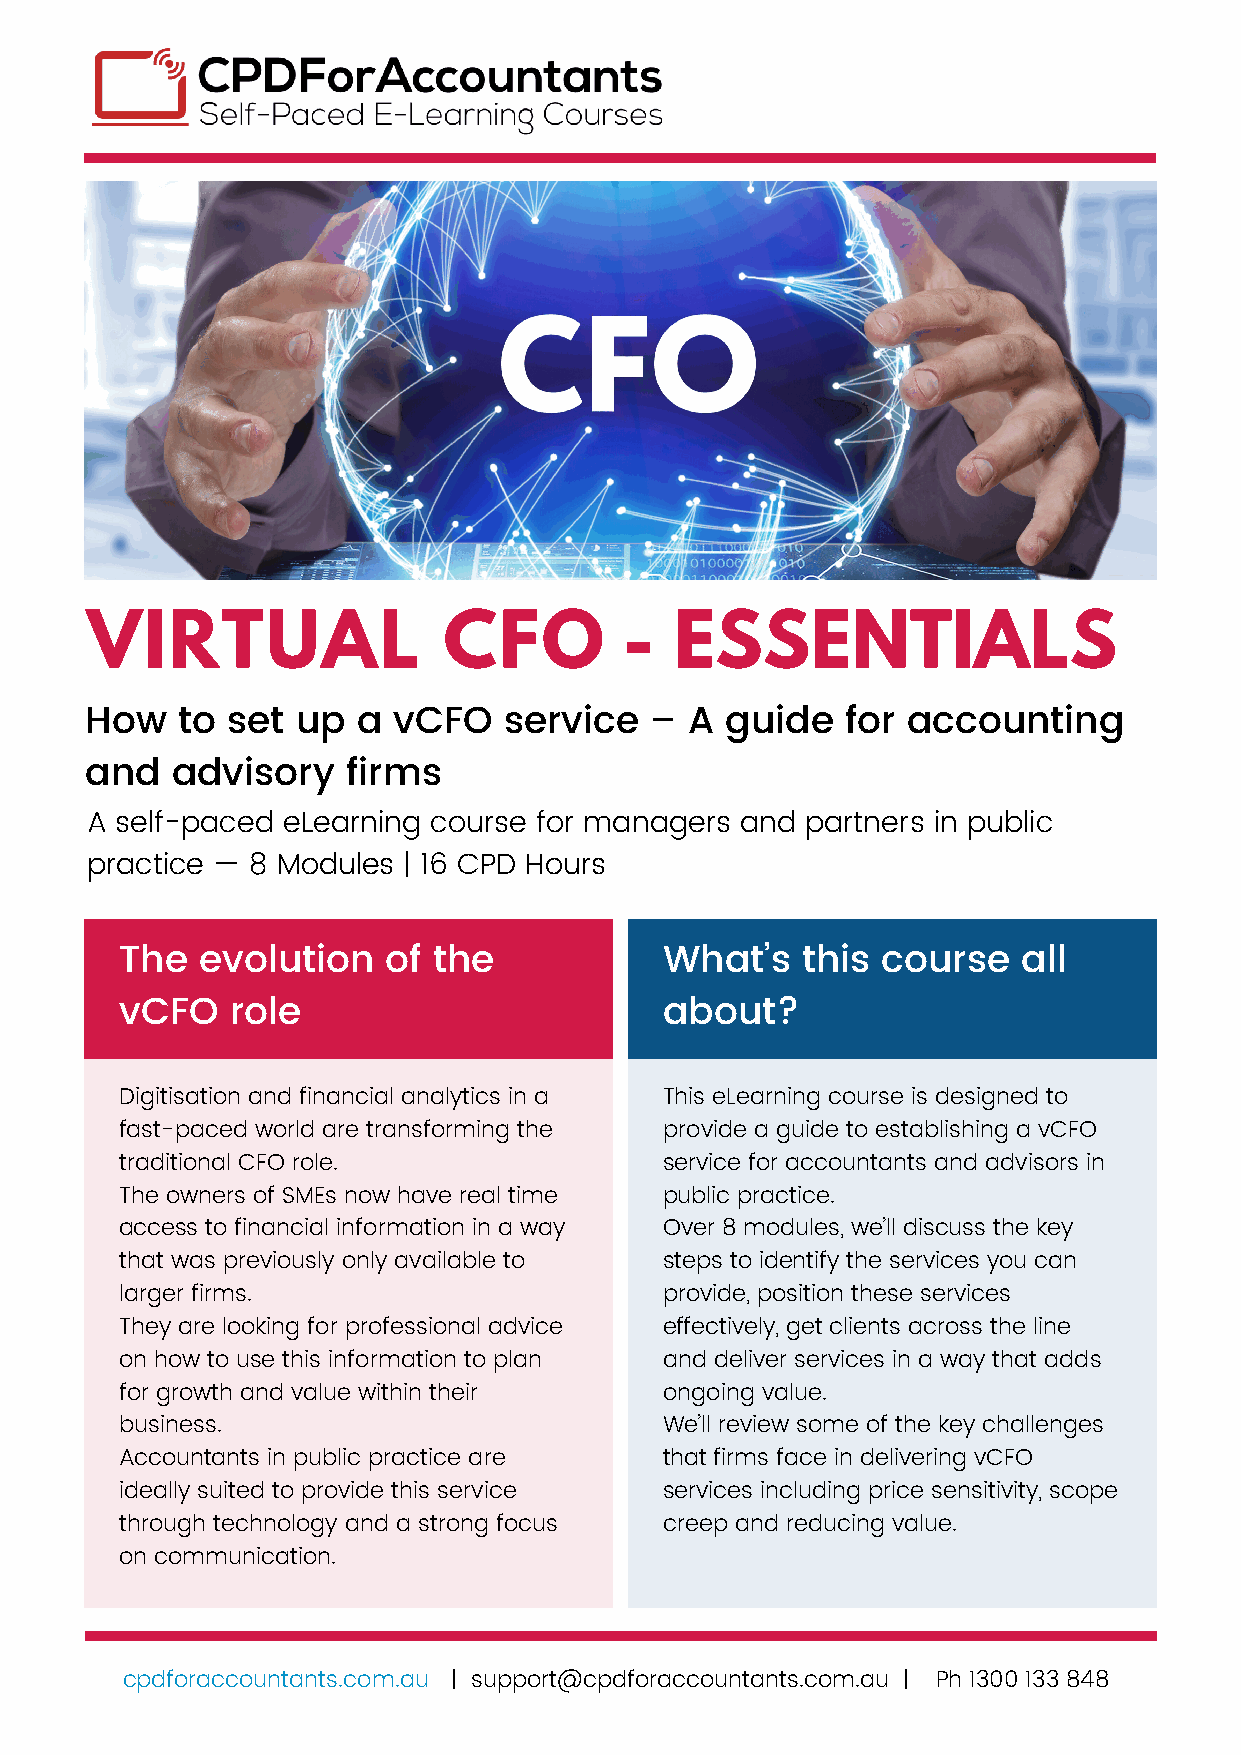
VIRTUAL                CFO         -  ESSENTIALS
 How   to set  up  a vCFO   service   –  A guide   for accounting
 and  advisory    firms
 A self-paced eLearning course for managers and partners in public
 practice — 8 Modules | 16 CPD Hours
 The  evolution    of the            What’s   this course    all
 vCFO   role                         about?
 Digitisation and financial analytics in a This eLearning course is designed to
 fast-paced world are transforming the provide a guide to establishing a vCFO
 traditional CFO role.               service for accountants and advisors in
 The owners of SMEs now have real time public practice.
 access to financial information in a way Over 8 modules, we’ll discuss the key
 that was previously only available to steps to identify the services you can
 larger firms.                       provide, position these services
 They are looking for professional advice effectively, get clients across the line
 on how to use this information to plan and deliver services in a way that adds
 for growth and value within their   ongoing value.
 business.                           We’ll review some of the key challenges
 Accountants in public practice are  that firms face in delivering vCFO
 ideally suited to provide this service services including price sensitivity, scope
 through technology and a strong focus creep and reducing value.
 on communication.
 cpdforaccountants.com.au | support@cpdforaccountants.com.au | Ph 1300 133 848